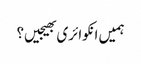
ہمیں انکوائری بھیجیں؟